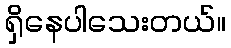
ရှိနေပါသေးတယ်။